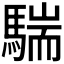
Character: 𩤚